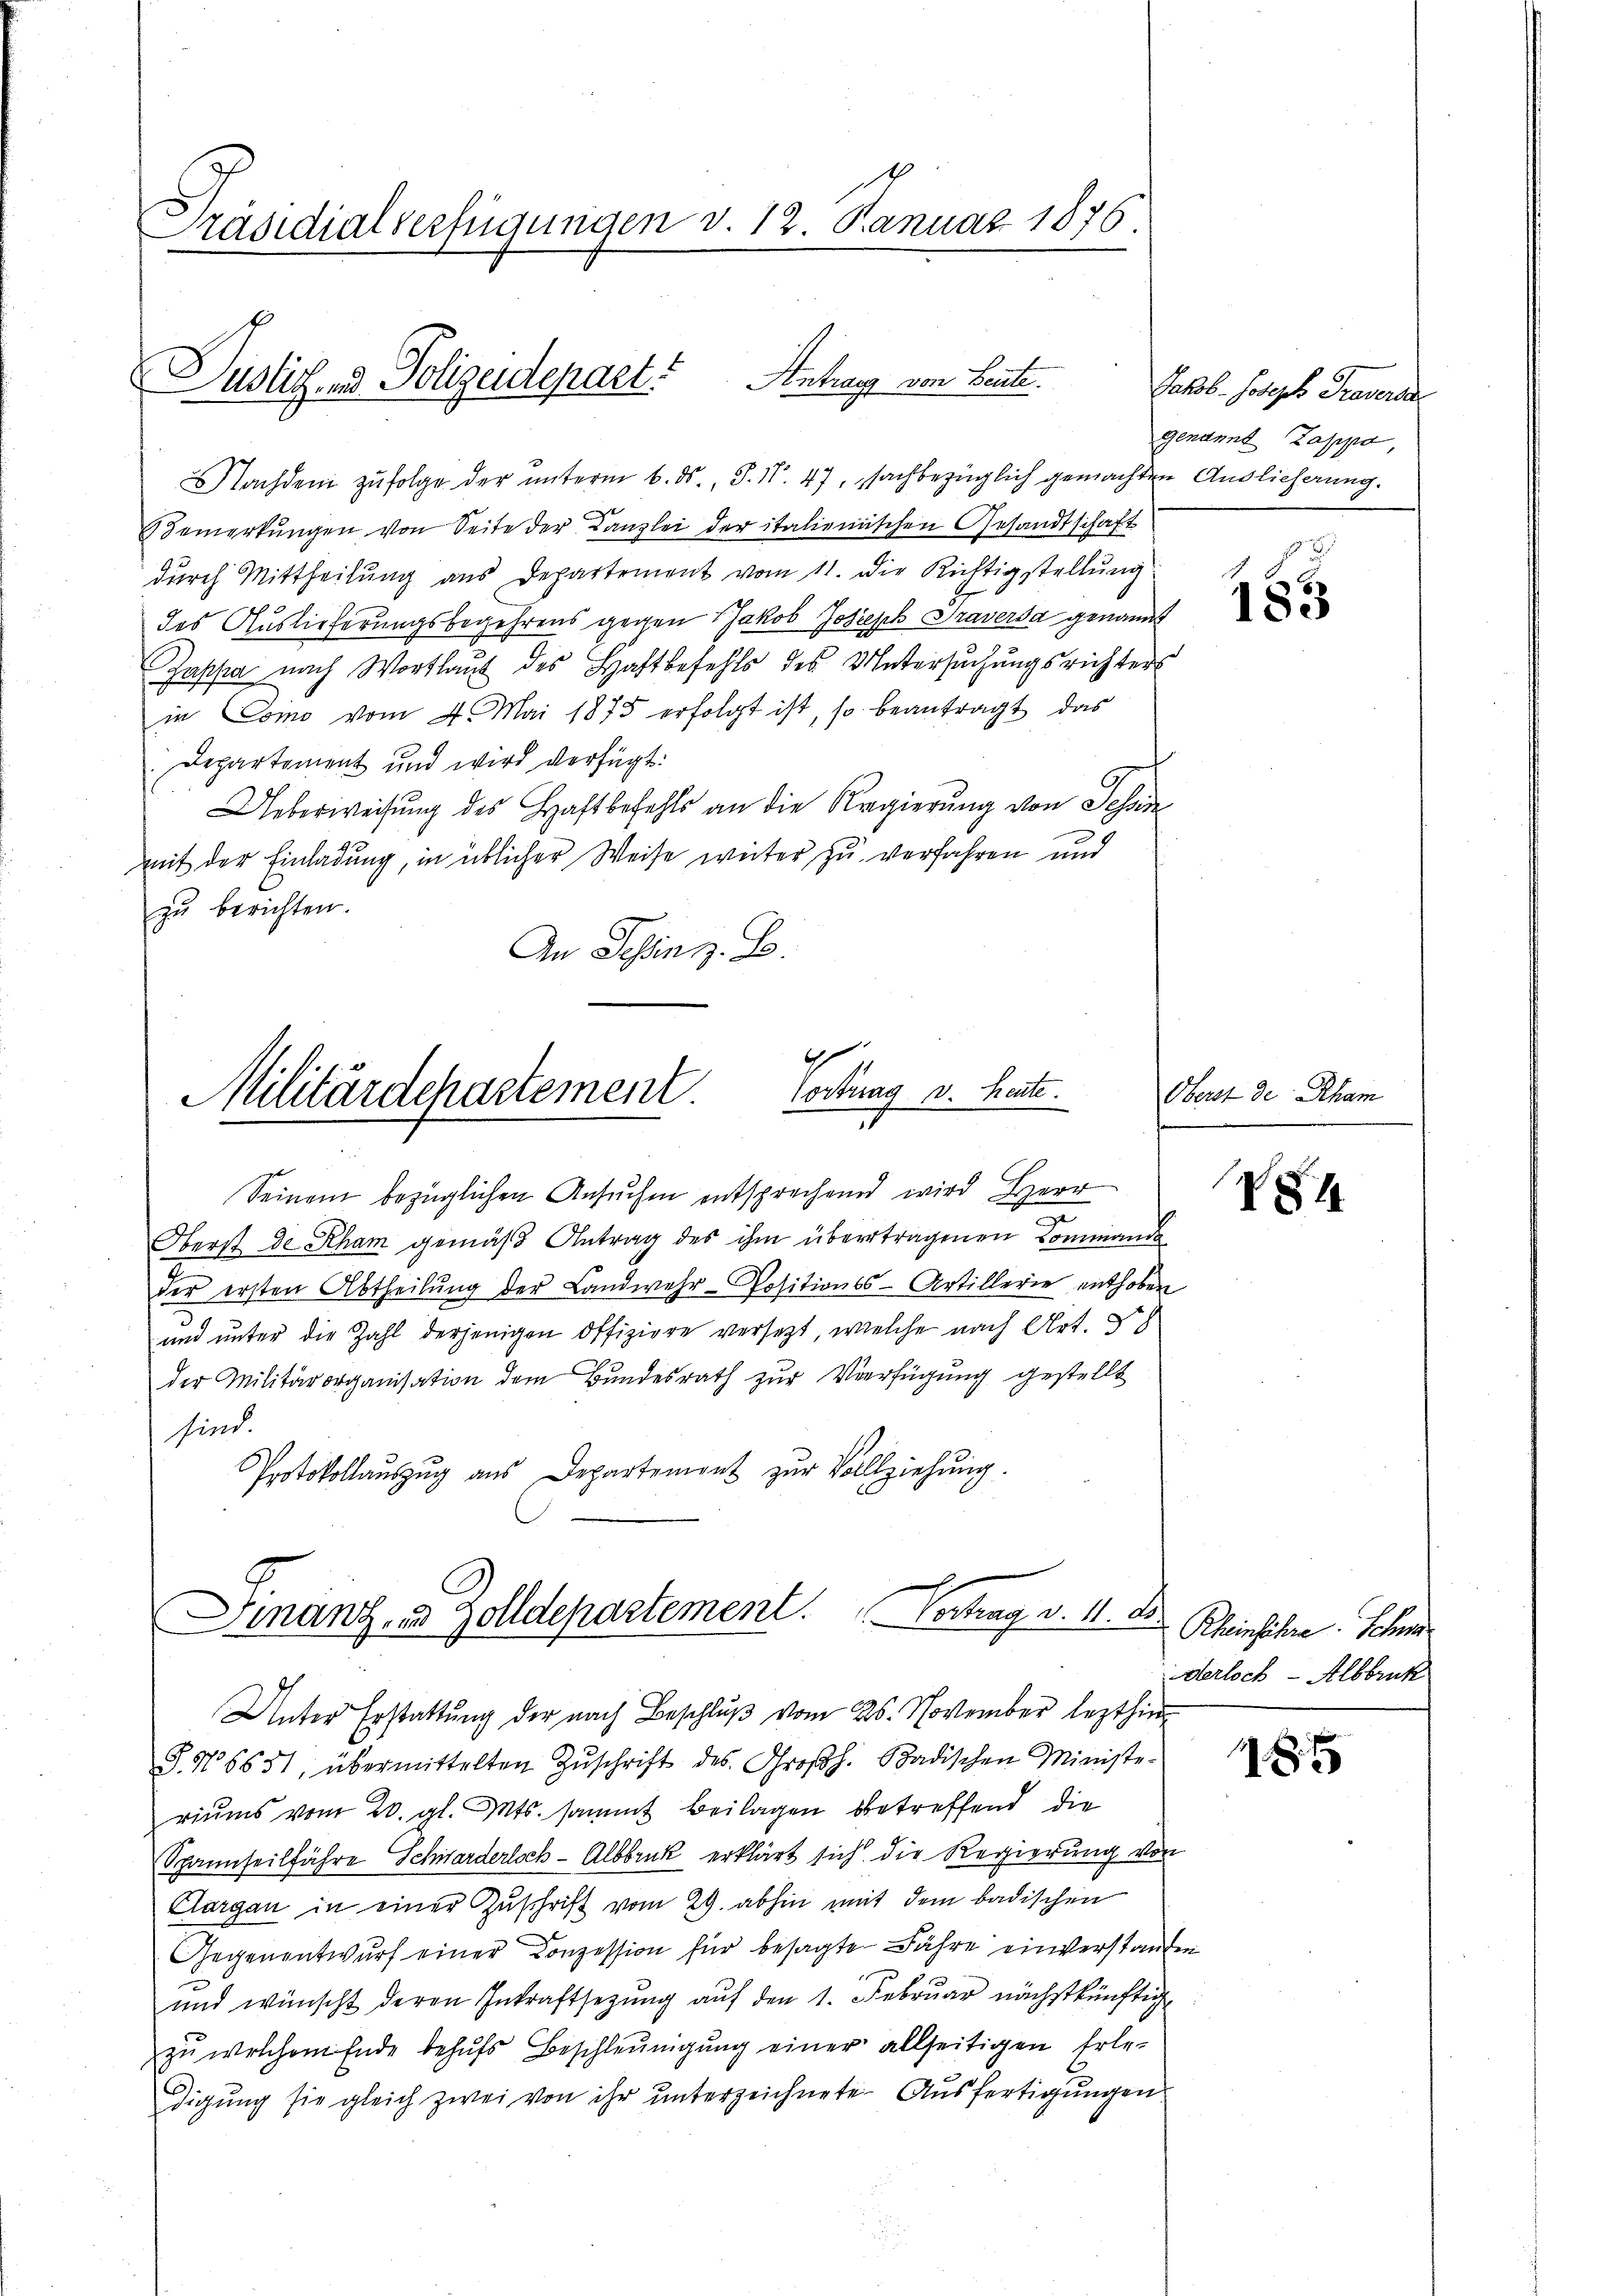
Präsidialverfügungen v. 12. Januar 1876

Nachdem zufolge der unterm 6. ds., S. N. 47, sachbezüglich gemachten Auslieferung.
Bemerkŭngen von Seite der Kanzlei der italienischen Gesandtschaft
durch Mittheilung aus Departement vom 11. Die Richtigstellung
des Auslieferungsbegehrens gegen Jakob Joseph Traversa genannt
Japha nach Wortlaut des Haftbefehls des Untersuchungsrichters
in Como vom 4. Mai 1875 erfolgt ist, so beantragt, das
Departement und wird verfügt:
Ueberweisung des Haftbefehls an die Regierŭng von Johan
mit der Einladung, in üblicher Weise weiter zu verfahren und
zŭ berichten.
An Schinz. B.

Justiz- & Polizeidepart. Antrage von Leute.

Cordung v. heute.
Militärdepartement
1

Finanz- & Zolldepartement. Vortrag v. 11. ds

Seinem bezüglichen Ansuchen entsprechen wird Herr
Oberst de Rham gemäβ Antrag des ihm übertragenen Kommand
7
der ersten Abtheilŭng der Landwehr-Positions-Artillerie enthoben
und unter die Zahl derjenigen Offiziere versetzt, welche nach Art. 58
der Militärorganisation dem Bundesrath zur Verfügung gestellt
sind.
Protokollaŭszŭg aŭs Departement zŭr Vollziehŭng.

Jakob Joseph Proversa
genannt appa,

Unter Erstattung der nach Beschluß vom 26. November lezthin
§. No 6631, übermittelten Zŭschrift des Großh. Badischen Ministe-
riums vom 20. gl. Mts. sammt Beilagen betreffend die
Spannseilfahre Schwarderlosch-Albbruck erklärt sich die Regierung von
Aargau in einer Zuschrift vom 29. abhin mit dem badischen
Gegenentwurf einer Conzession für besagte Fahre einverstanden
und wünscht deren Inkraftsetzung auf den 1. Februar nächstkünftig
zŭ welchem Ende behŭfs Beschleunigŭng einer allseitigen Erle-
digung sie gleich zwei von ihr unterzeichnete Ausfertigungen

185

Oberst de Scham

V81

Rheinführe. Sch
derloch - Albbruck

185